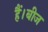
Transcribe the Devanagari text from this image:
हैं।बीज